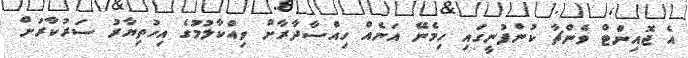
އެ ޖޮއިންޓް ވެންޗާ ކުންފުނީގައި ހިމެނޭ އަނެއް ހިއްސާދާރާށް ވިއްކާލުމުގެ އިހުތިޔާރު ސަރުކާރަށް